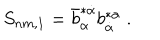
LaTeX: S _ { n m , 1 } = \bar { b } _ { \alpha } ^ { * \dot { \alpha } } b _ { \dot { \alpha } } ^ { * \alpha } \ .